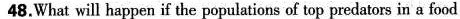
48.What will happen if the popalations of top pesdators in a food